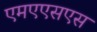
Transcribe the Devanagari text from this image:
एमएएसएस